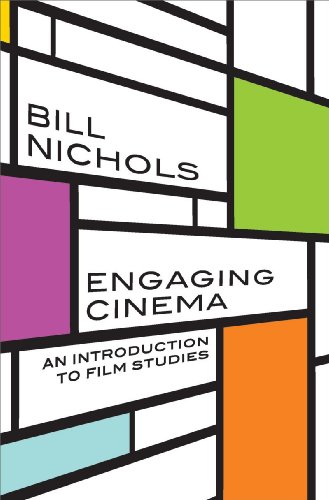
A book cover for Engaging Cinema: An Introduction to Film Studies; Bill Nichols; Humor & Entertainment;